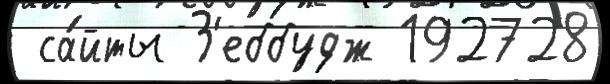
 са́йты З'еббудж 192728